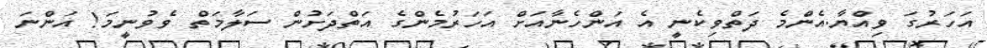
އަހަރުގަ ވިއްޔާ.އެންމެ ދަތްވިކެނީ އެ އަންހެނާއަށް އަހަރުމެންގެ އަތްދަށުން ސަލާމަތް ވެވުނީމަ! އަންނަ